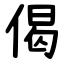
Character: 偈